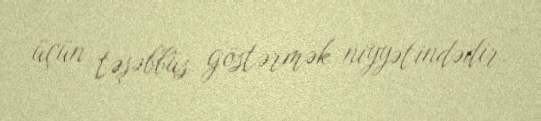
üçün təşəbbüs göstərmək niyyətindədir.